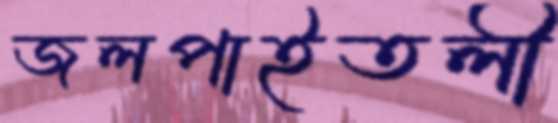
জলপাইতলী